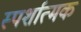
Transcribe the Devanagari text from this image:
स्पर्शात्मक